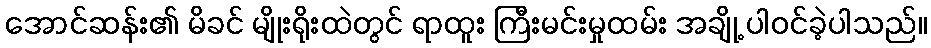
အောင်ဆန်း၏ မိခင် မျိုးရိုးထဲတွင် ရာထူး ကြီးမင်းမှုထမ်း အချို့ ပါဝင်ခဲ့ပါသည်။